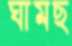
ঘামছ